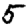
Digit: 5